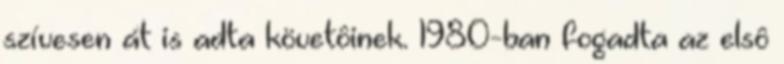
szívesen át is adta követôinek. 1980-ban fogadta az elsô